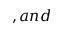
, a n d